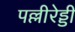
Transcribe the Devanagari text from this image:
पल्लीरेड्डी